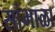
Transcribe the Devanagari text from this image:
सांभाळा